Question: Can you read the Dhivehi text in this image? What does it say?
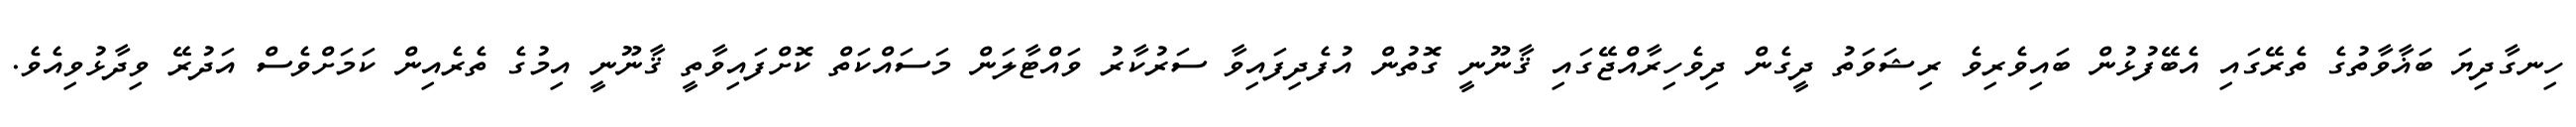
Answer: ހިނގާދިޔަ ބަޣާވާތުގެ ތެރޭގައި އެބޭފުޅުން ބައިވެރިވެ ރިޝަވަތު ދީގެން ދިވެހިރާއްޖޭގައި ޤާނޫނީ ގޮތުން އުފެދިފައިވާ ސަރުކާރު ވައްޓާލަން މަސައްކަތް ކޮށްފައިވާތީ ޤާނޫނީ އިމުގެ ތެރެއިން ކަމަށްވެސް އަދުރޭ ވިދާޅުވިއެވެ.